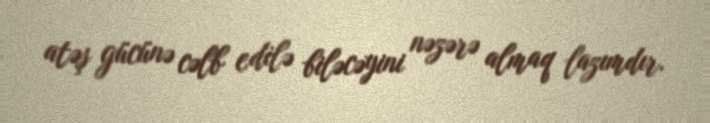
atəş gücünə cəlb edilə biləcəyini nəzərə almaq lazımdır.